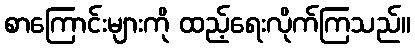
စာကြောင်းများကို ထည့်ရေးလိုက်ကြသည်။